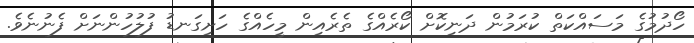
ހޯދުމުގެ މަސައްކަތް ކުރަމުން ދަނިކޮށް ކޯރެއްގެ ތެރެއިން މީހެއްގެ ހަށިގަނޑު ފުލުހުންނަށް ފެނުނެވެ.